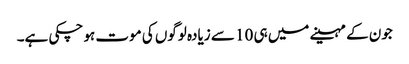
جون کے مہینے میں ہی 10 سے زیادہ لوگوں کی موت ہو چکی ہے۔